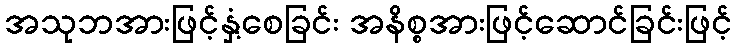
အသုဘအားဖြင့်နှံ့စေခြင်း အနိစ္စအားဖြင့်ဆောင်ခြင်းဖြင့်